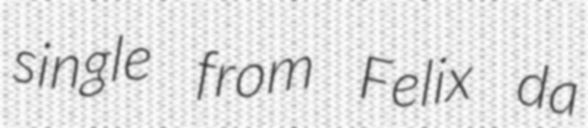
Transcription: single from Felix da